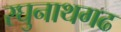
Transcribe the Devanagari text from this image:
रघुनाथगढ